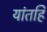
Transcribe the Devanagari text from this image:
यांतहि